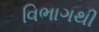
વિભાગથી